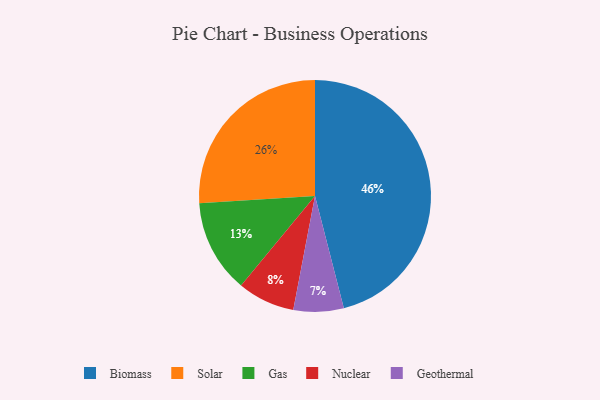
{"axis": {"x": "Category", "y": "Percentage"}, "legend": ["Biomass", "Gas", "Geothermal", "Nuclear", "Solar"], "data": [{"x": "Geothermal", "y": 7, "type": "Geothermal"}, {"x": "Biomass", "y": 46, "type": "Biomass"}, {"x": "Solar", "y": 26, "type": "Solar"}, {"x": "Gas", "y": 13, "type": "Gas"}, {"x": "Nuclear", "y": 8, "type": "Nuclear"}]}